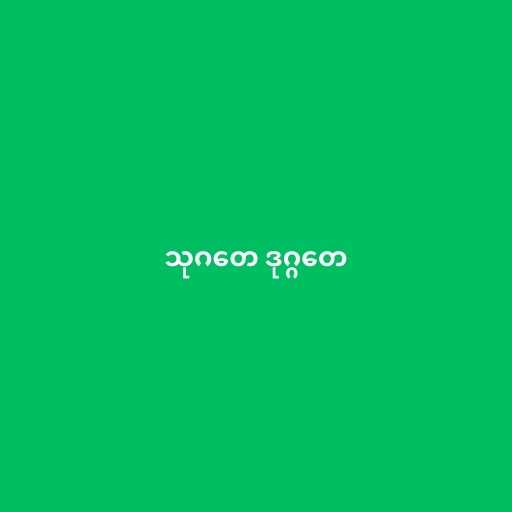
သုဂတေ ဒုဂ္ဂတေ